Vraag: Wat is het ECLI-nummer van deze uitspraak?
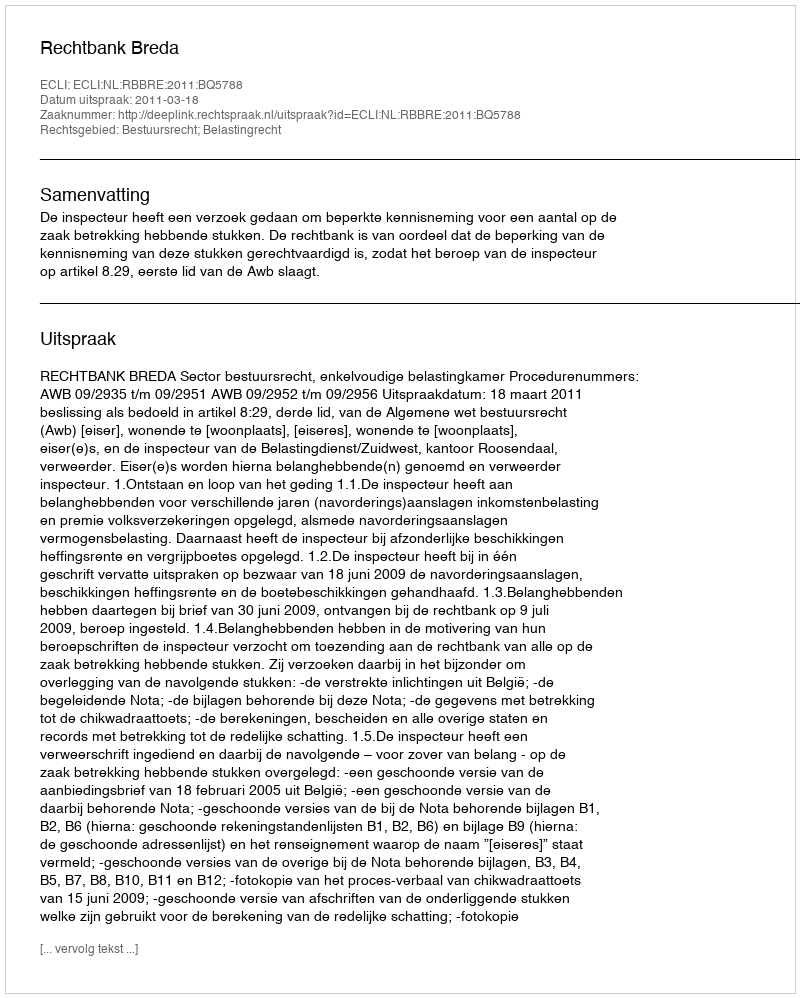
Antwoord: ECLI:NL:RBBRE:2011:BQ5788